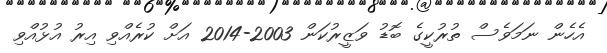
އެހެން ނަމަވެސް ތުރުކީގެ ބޮޑު ވަޒީރުކަން 2003-2014 އަށް ކުރެއްވި އިރު އުޅުއްވި